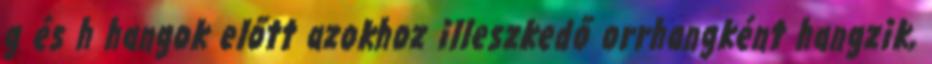
g és h hangok előtt azokhoz illeszkedő orrhangként hangzik,